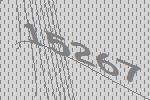
15267